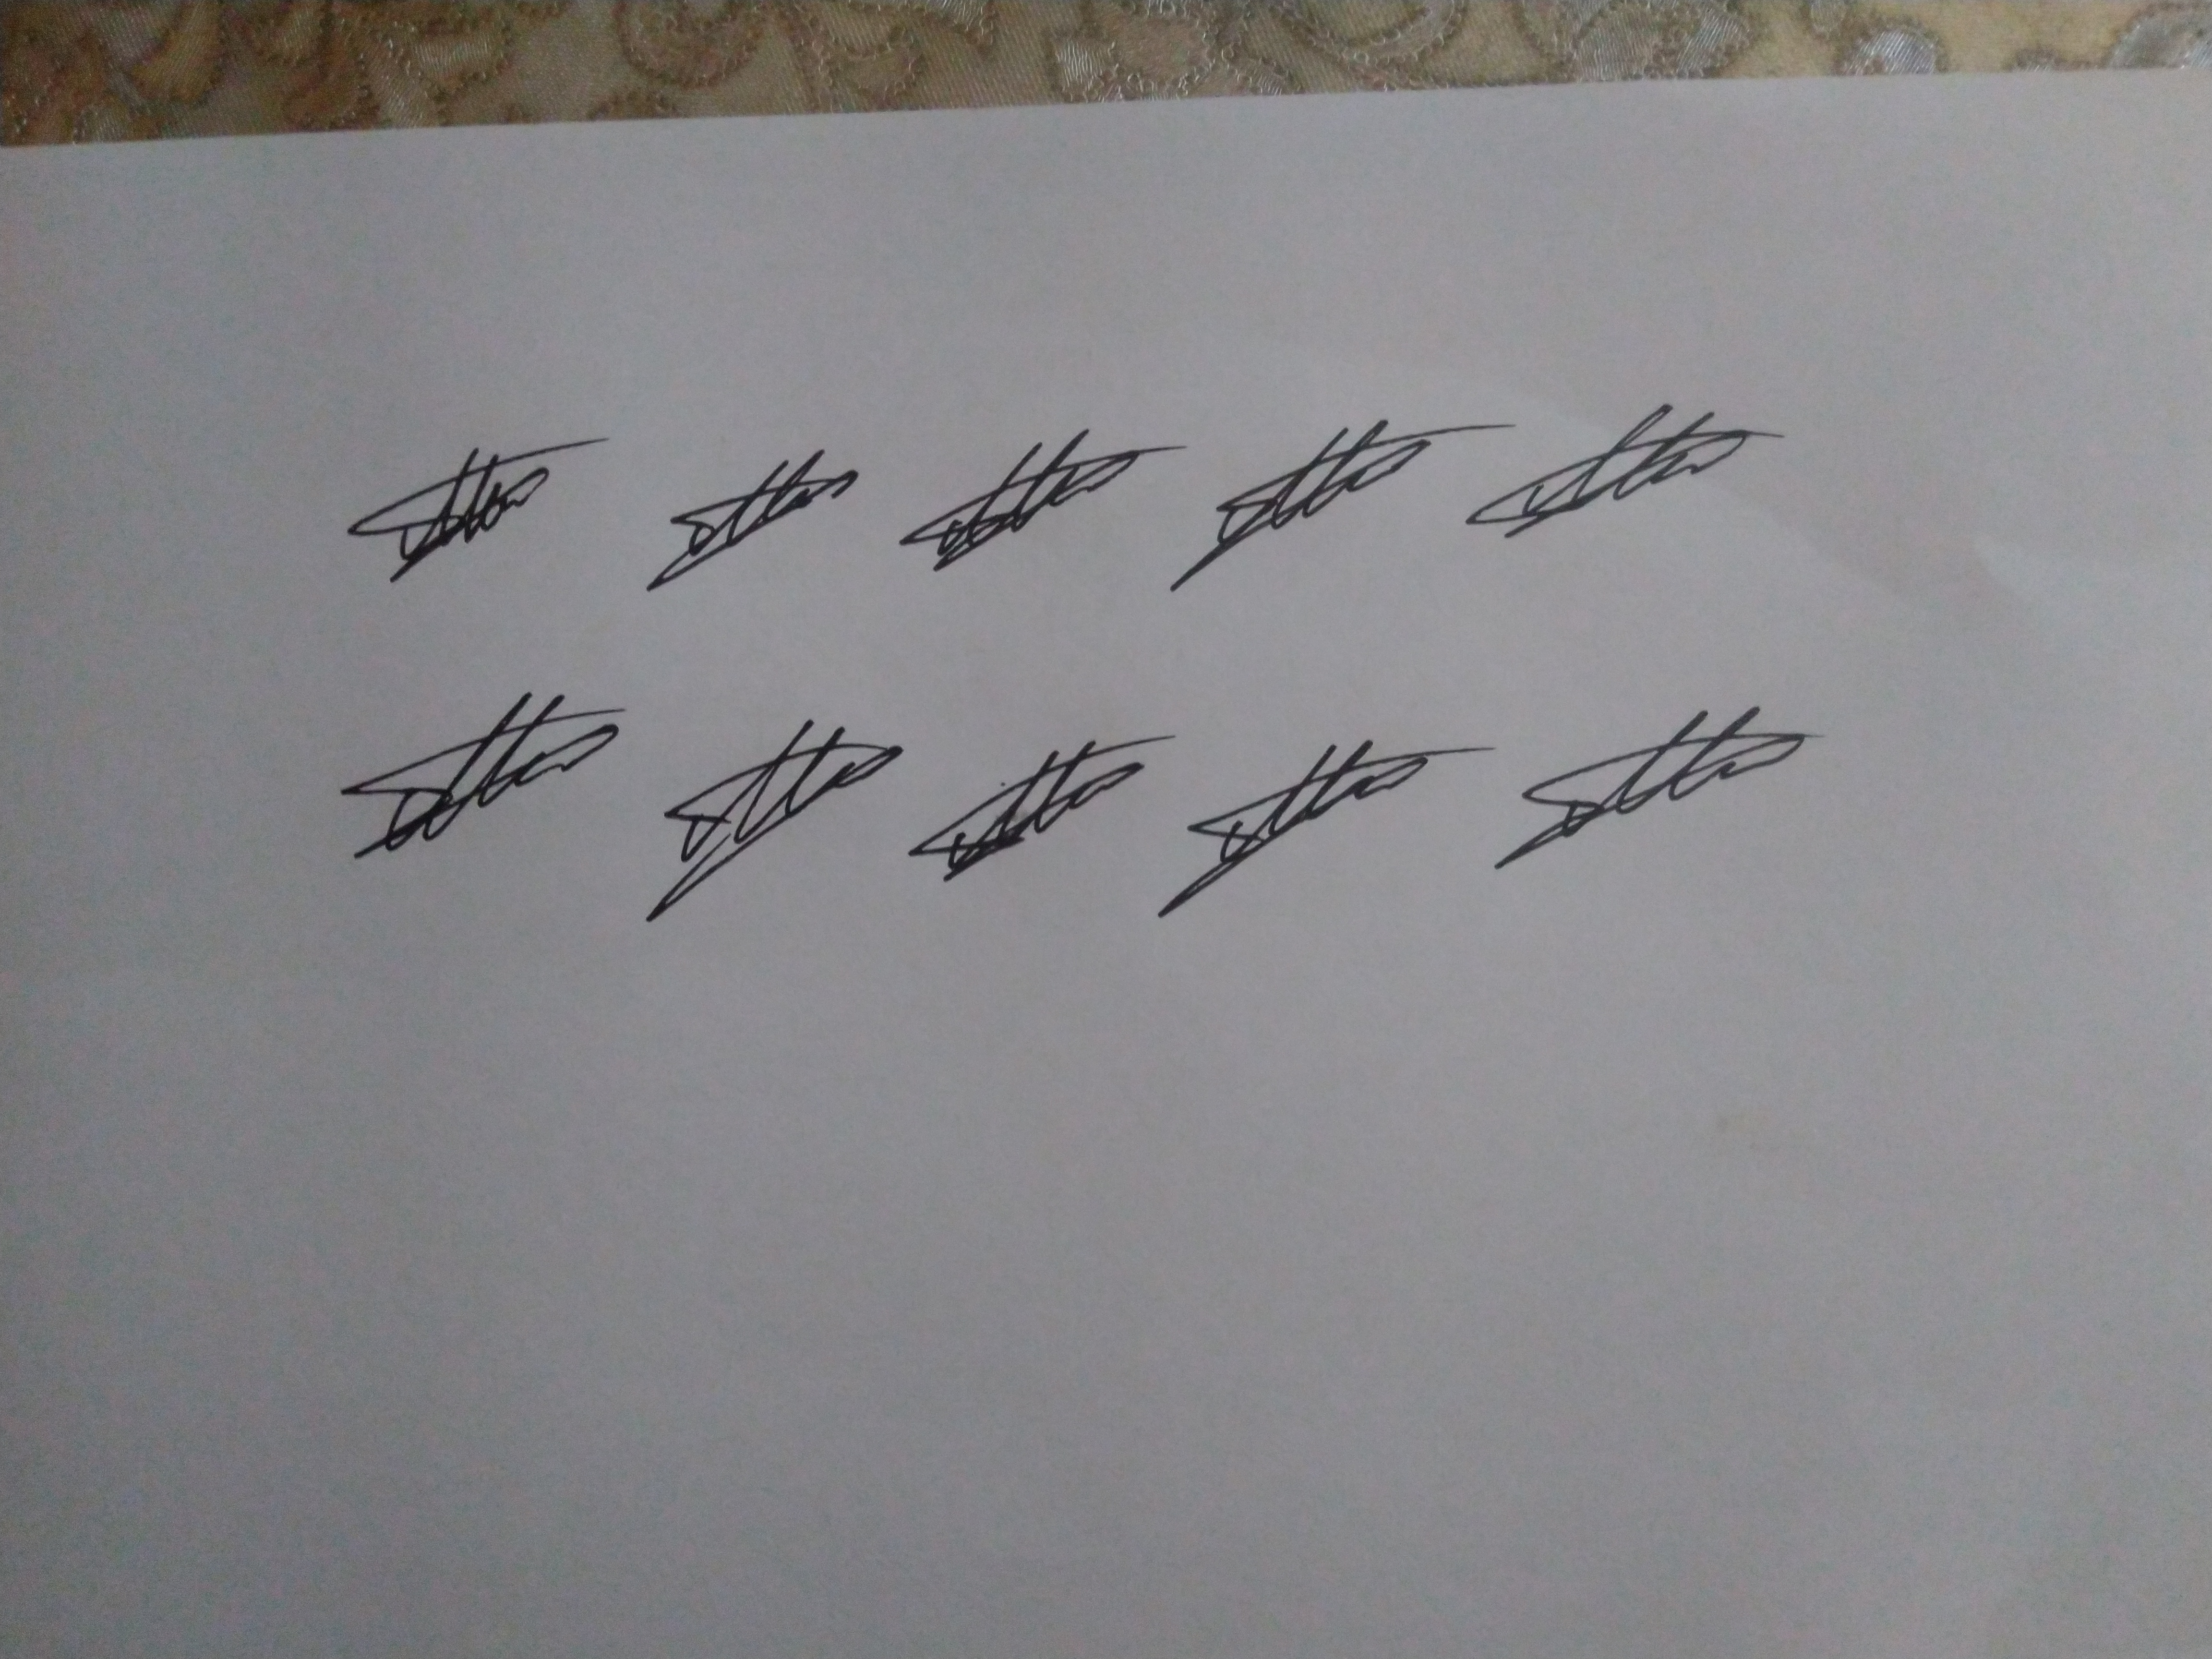
Signature authenticity: genuine